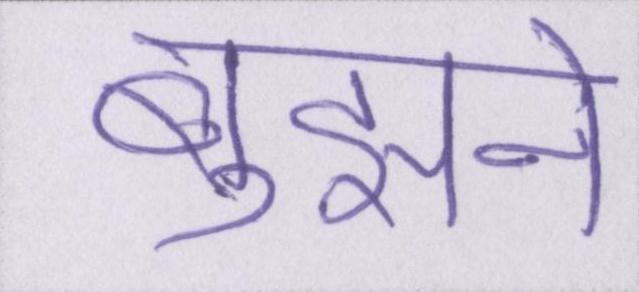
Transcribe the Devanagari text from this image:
बुझने